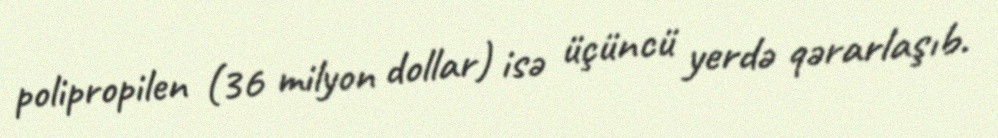
polipropilen (36 milyon dollar) isə üçüncü yerdə qərarlaşıb.